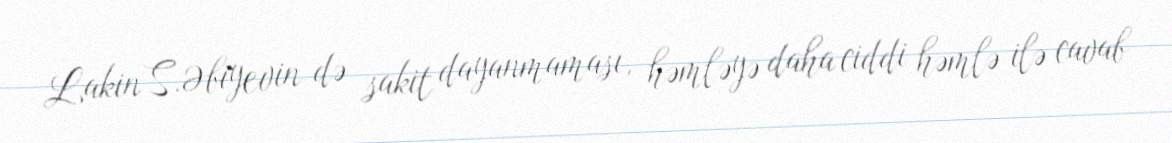
Lakin S.Əbiyevin də sakit dayanmaması, həmləyə daha ciddi həmlə ilə cavab